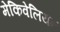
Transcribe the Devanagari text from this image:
मेकिवेलियन